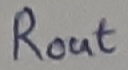
Text: ROUT